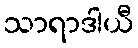
သာရာဒါယီ